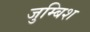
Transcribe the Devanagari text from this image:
जुम्बिश